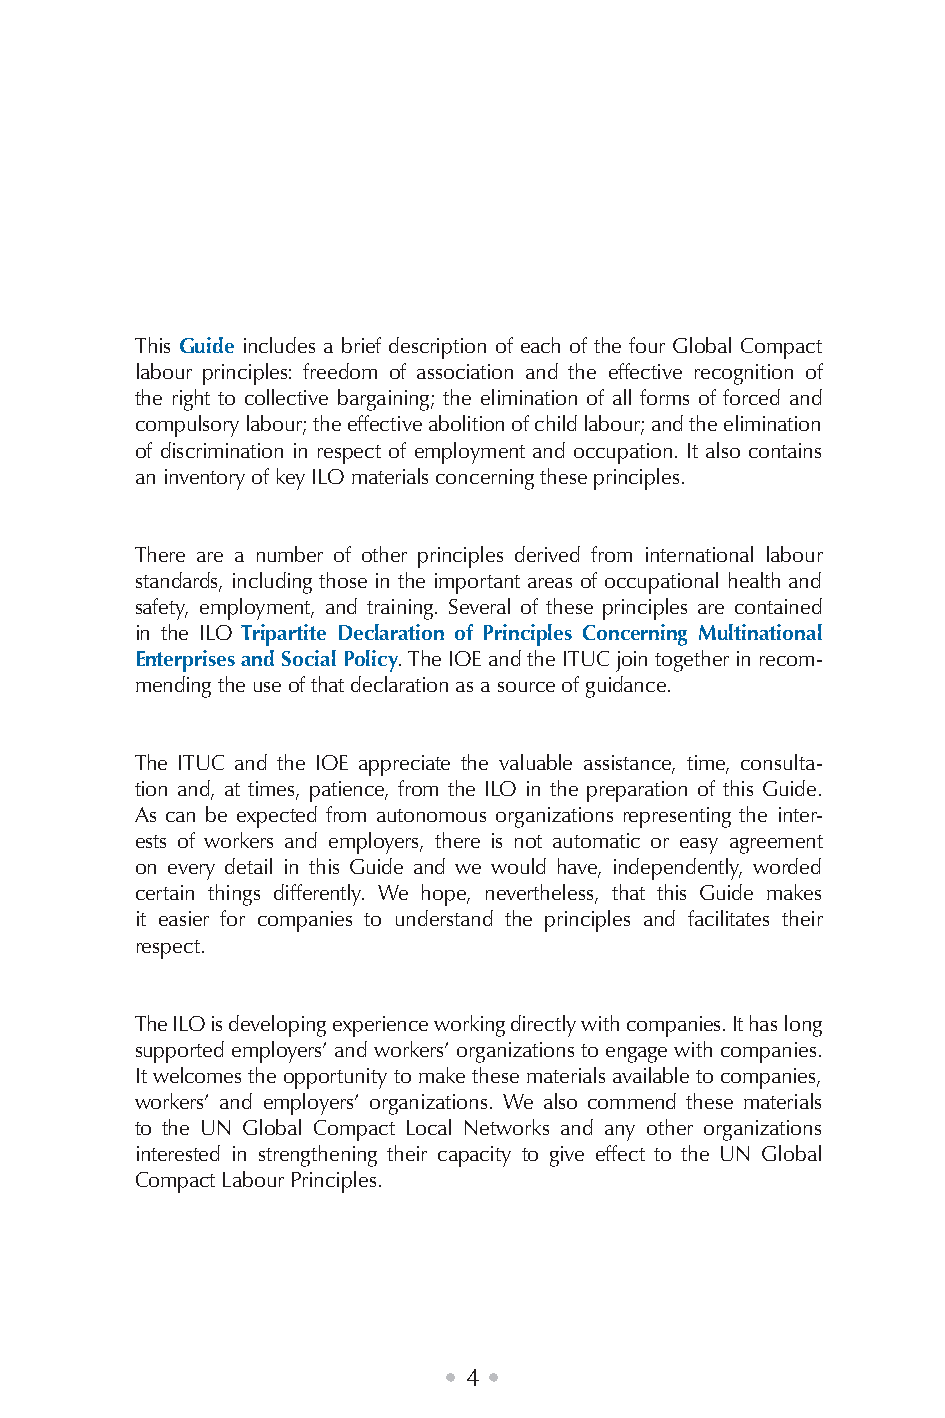
This Guide includes a brief description of each of the four Global Compact
 labour principles: freedom of association and the effective recognition of
 the right to collective bargaining; the elimination of all forms of forced and
 compulsory labour; the effective abolition of child labour; and the elimination
 of discrimination in respect of employment and occupation. It also contains
 an inventory of key ILO materials concerning these principles.
 There are a number of other principles derived from international labour
 standards, including those in the important areas of occupational health and
 safety, employment, and training. Several of these principles are contained
 in the ILO Tripartite Declaration of Principles Concerning Multinational
 Enterprises and Social Policy. The IOE and the ITUC join together in recom-
 mending the use of that declaration as a source of guidance.
 The ITUC and the IOE appreciate the valuable assistance, time, consulta-
 tion and, at times, patience, from the ILO in the preparation of this Guide.
 As can be expected from autonomous organizations representing the inter-
 ests of workers and employers, there is not automatic or easy agreement
 on every detail in this Guide and we would have, independently, worded
 certain things differently. We hope, nevertheless, that this Guide makes
 it easier for companies to understand the principles and facilitates their
 respect.
 The ILO is developing experience working directly with companies. It has long
 supported employers’ and workers’ organizations to engage with companies.
 It welcomes the opportunity to make these materials available to companies,
 workers’ and employers’ organizations. We also commend these materials
 to the UN Global Compact Local Networks and any other organizations
 interested in strengthening their capacity to give effect to the UN Global
 Compact Labour Principles.
 • 4 •